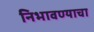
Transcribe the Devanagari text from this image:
निभावण्याचा